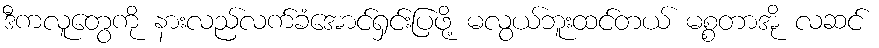
ဒီကလူတွေကို နားလည်လက်ခံအောင်ရှင်းပြဖို့ မလွယ်ဘူးထင်တယ် မစ္စတာအို လဆင်